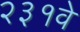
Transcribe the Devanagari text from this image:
२३१वे